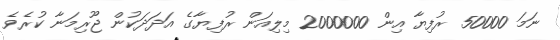
ނަމަ 50000 ރުފިޔާ އިން 2000000 މިލިއަން ރުފިޔާގެ އަދަދަކުން ޖޫރިމަނާ ކުރެވެ